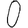
Digit: 0